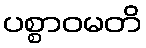
ပစ္စာဝမတိ